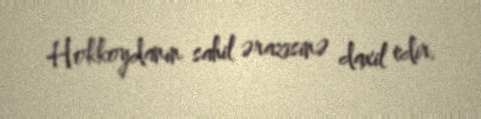
Hokkoydanın sahil ərazisinə daxil edir.